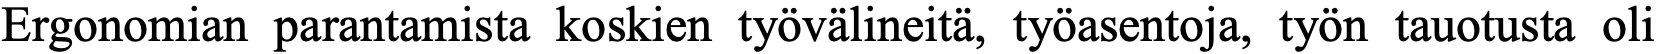
Ergonomian parantamista koskien työvälineitä, työasentoja, työn tauotusta oli